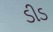
ડીડ